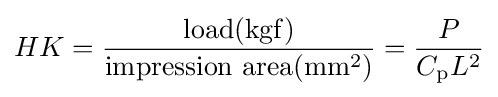
HK={{{\text{load}}(\mathrm {kgf} )} \over {{\text{impression area}}(\mathrm {mm} ^{2})}}={P \over {C_{\text{p}}L^{2}}}